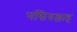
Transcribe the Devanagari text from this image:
नसिरुल्लाह